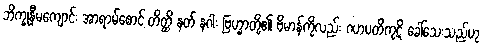
ဘိက္ခုနီမကျောင်း အာရာမ်စောင့် တိတ္ထိ နတ် နဂါး ဗြဟ္မာတို့၏ ဗိမာန်ကိုလည်း ဂဟပတိကုဋိ ခေါ်သေးသည်ဟု